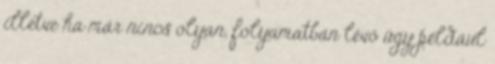
illetve ha már nincs olyan, folyamatban lévő ügy például